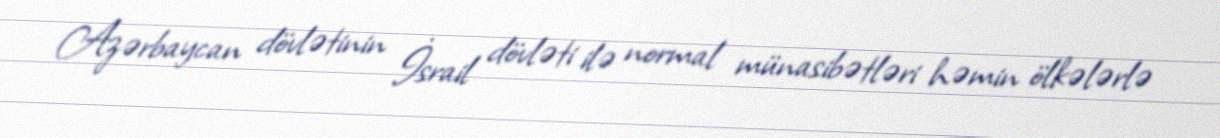
Azərbaycan dövlətinin İsrail dövləti ilə normal münasibətləri həmin ölkələrlə